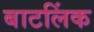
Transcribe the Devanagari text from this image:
बाटलिंक